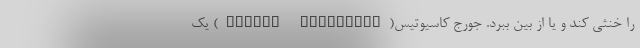
را خنثی کند و یا از بین ببرد. جورج کاسیوتیس(George Kassiotis) یک